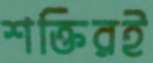
শক্তিরই